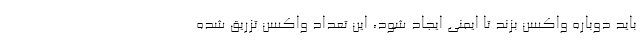
باید دوباره واکسن بزند تا ایمنی ایجاد شود، این تعداد واکسن تزریق شده